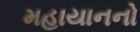
મહાયાનનો